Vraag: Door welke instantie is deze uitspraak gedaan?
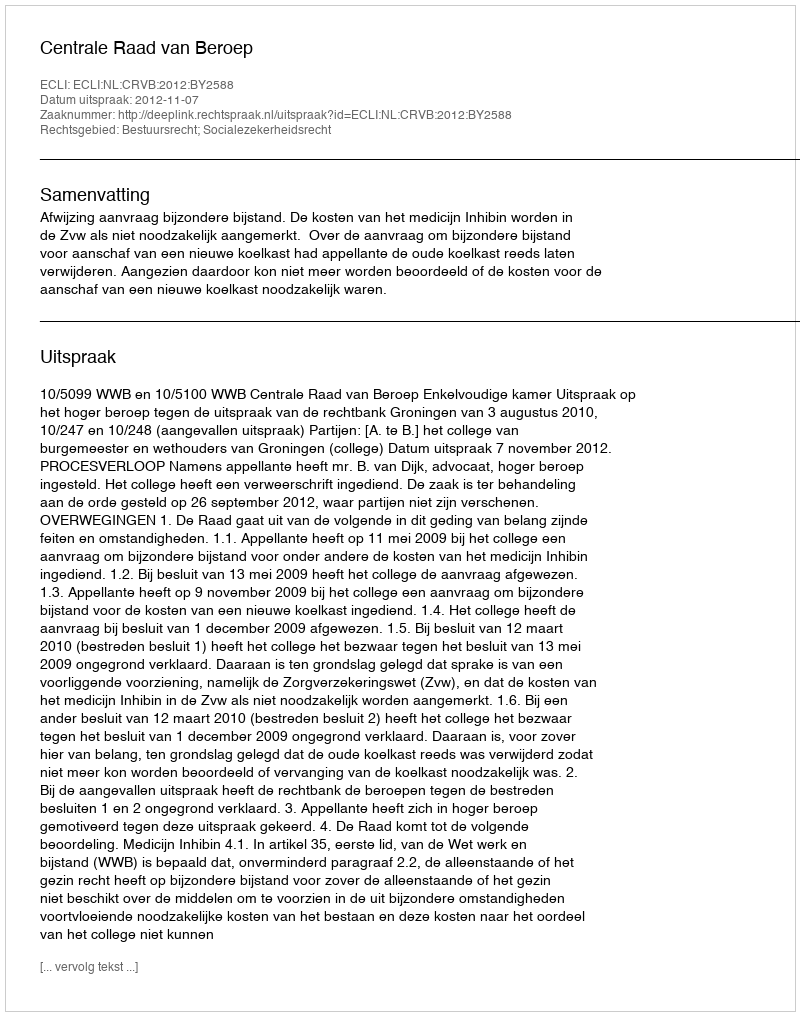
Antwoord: Centrale Raad van Beroep